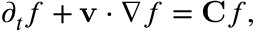
\begin{array} { r } { \partial _ { t } f + \mathbf v \cdot \nabla f = \mathbf C f , } \end{array}